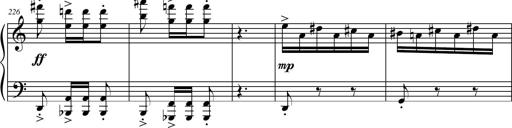
Title: Petite Sonatine
Composer: Richard St. Clair